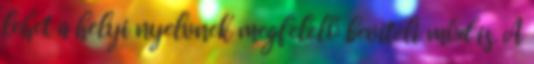
lehet a helyi nyelvnek megfelelő beviteli mód is. A